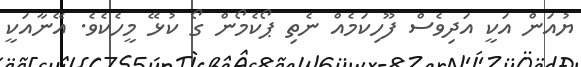
ޔުއަން އަކީ އަދިވެސް ފޫހިކަމެއް ނެތި ޕޯކެމޯން ގޯ ކުޅޭ މީހެކެވެ. އޭނާއަކީ